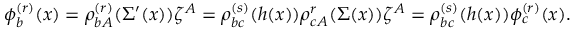
\phi _ { b } ^ { ( r ) } ( x ) = \rho _ { b A } ^ { ( r ) } ( \Sigma ^ { \prime } ( x ) ) \zeta ^ { A } = \rho _ { b c } ^ { ( s ) } ( h ( x ) ) \rho _ { c A } ^ { r } ( \Sigma ( x ) ) \zeta ^ { A } = \rho _ { b c } ^ { ( s ) } ( h ( x ) ) \phi _ { c } ^ { ( r ) } ( x ) .